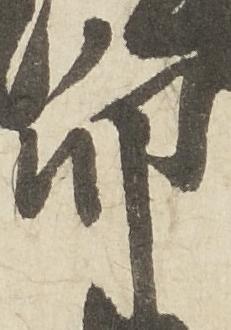
印